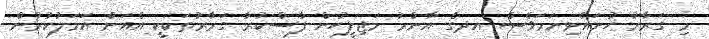
މި ގަރާރު ހުށައެޅިނަމަވެސް އދގެ އާންމު މަޖިލީހުން ފާސްކުރާ ގަރާރުތަކަކީ އެއަށް އަމަލުކުރުން